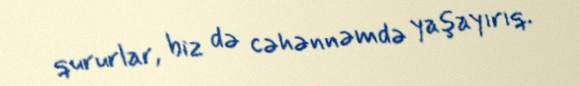
qururlar, biz də cəhənnəmdə yaşayırıq.